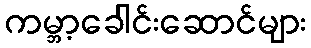
ကမ္ဘာ့ခေါင်းဆောင်များ